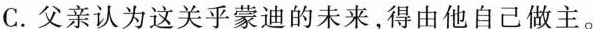
C.父亲认为这关乎蒙迪的未来，得由他自己做主。